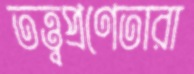
তত্ত্বপ্রণেতারা